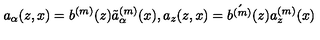
a _ { \alpha } ( z , x ) = b ^ { ( m ) } ( z ) \tilde { a } _ { \alpha } ^ { ( m ) } ( x ) , a _ { z } ( z , x ) = \acute { b ^ { ( m ) } } ( z ) a _ { z } ^ { ( m ) } ( x )